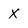
Character: X